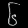
Digit: ၆